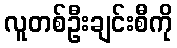
လူတစ်ဦးချင်းစီကို